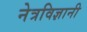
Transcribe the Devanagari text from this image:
नेत्रविज्ञानी